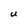
Character: U